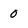
Character: 0